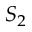
S _ { 2 }